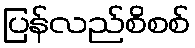
ပြန်လည်စိစစ်